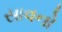
સાવનો